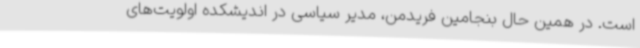
است. در همین حال بنجامین فریدمن، مدیر سیاسی در اندیشکده اولویت‌های